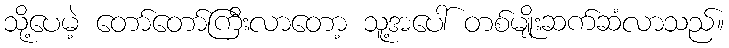
သို့ပေမဲ့ တော်တော်ကြီးလာတော့ သူ့အပေါ် တစ်မျိုးဆက်ဆံလာသည်။